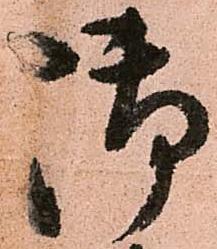
御